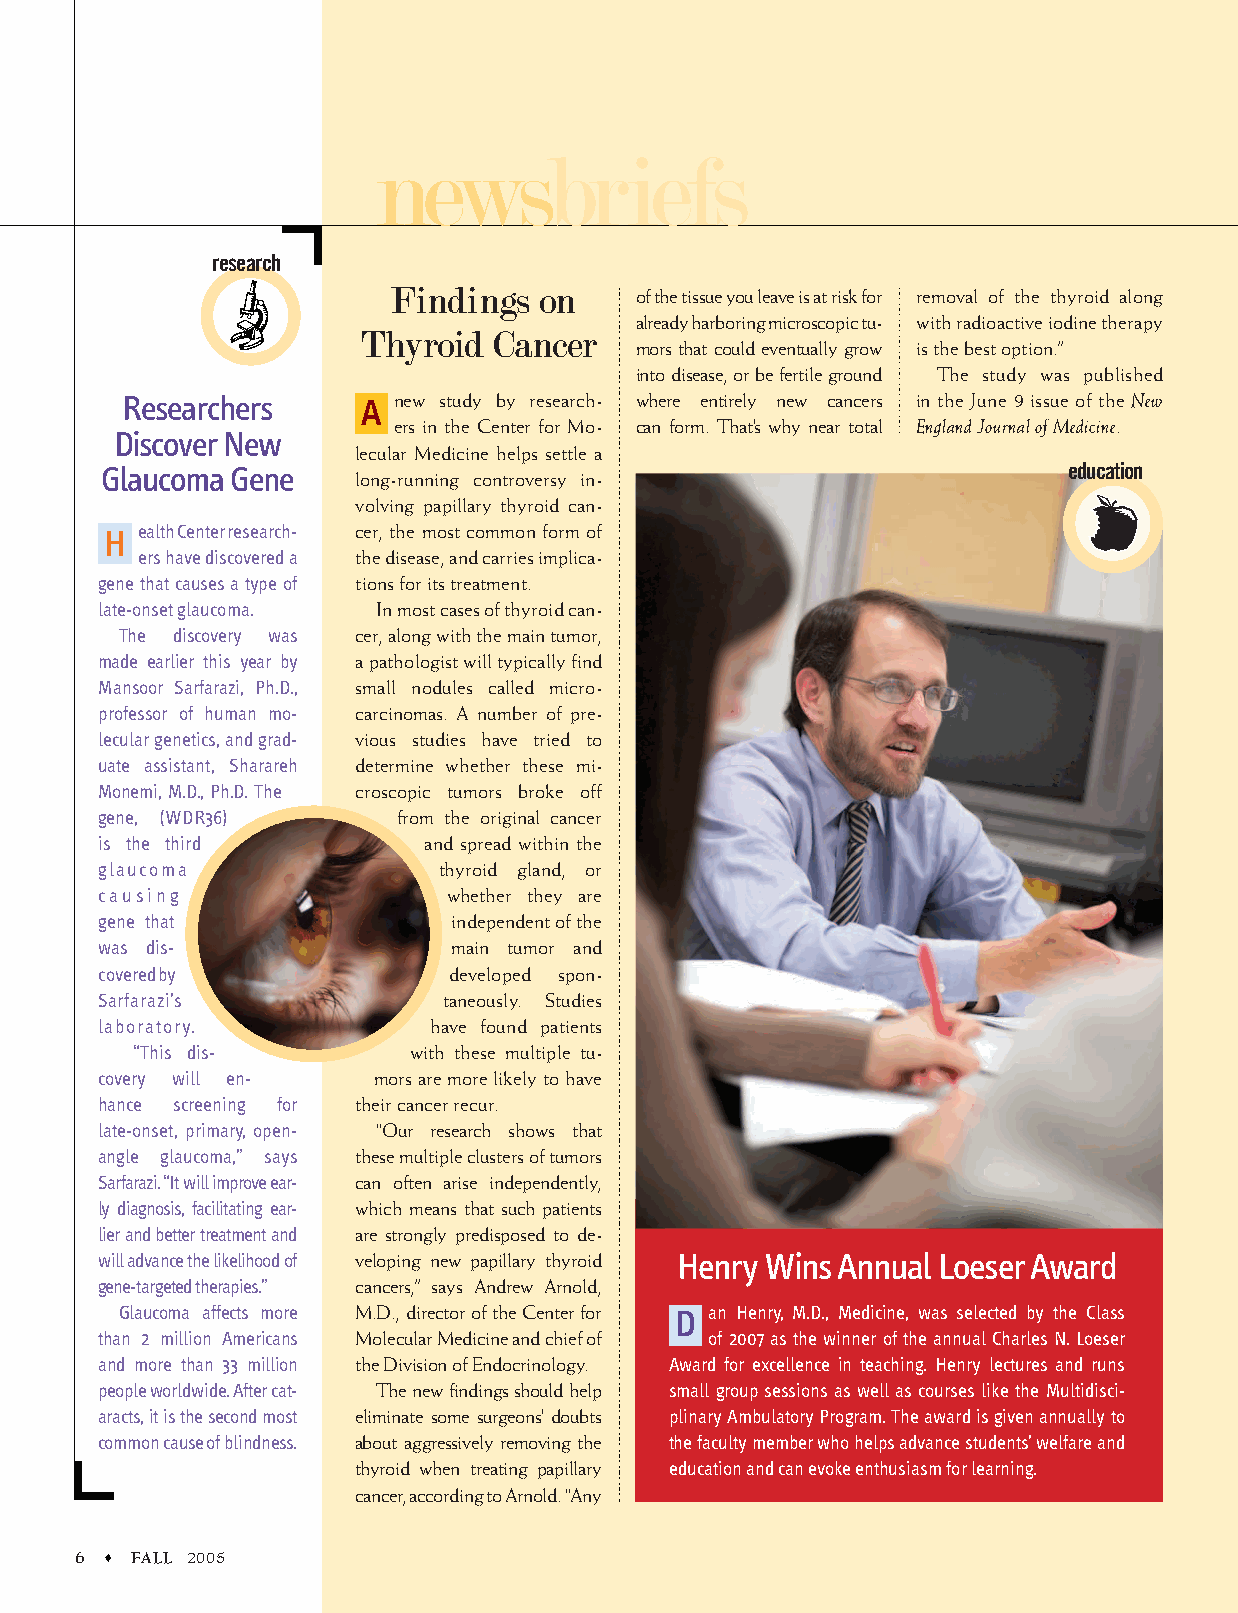
..
 newsbriefs
 research
 Findings  on    of the tissue you leave is at risk for removal of the thyroid along
 already harboring microscopic tu- with radioactive iodine therapy
 Thyroid  Cancer
 mors that could eventually grow is the best option.”
 into disease, or be fertile ground The study was published
 Researchers     A new study by research- where entirely new cancers in the June 9 issue of the New
 ers in the Center for Mo- can form. That’s why near total England Journal of Medicine.
 Discover New
 lecular Medicine helps settle a
 Glaucoma Gene    long-running controversy in-                   education
 volving papillary thyroid can-
 H ealth Center research- cer, the most common form of
 ers have discovered a the disease, and carries implica-
 gene that causes a type of tions for its treatment.
 late-onset glaucoma. In most cases of thyroid can-
 The discovery was cer, along with the main tumor,
 made earlier this year by a pathologist will typically find
 Mansoor Sarfarazi, Ph.D., small nodules called micro-
 professor of human mo- carcinomas. A number of pre-
 lecular genetics, and grad- vious studies have tried to
 uate assistant, Sharareh determine whether these mi-
 Monemi, M.D., Ph.D. The croscopic tumors broke off
 gene, (WDR36)      from the original cancer
 is the third         and spread within the
 glaucoma              thyroid gland, or
 causing                whether they are
 gene that              independent of the
 was dis-               main tumor and
 covered by             developed spon-
 Sarfarazi’s            taneously. Studies
 laboratory.           have found patients
 “This dis-        with these multiple tu-
 covery will en-   mors are more likely to have
 hance screening for their cancer recur.
 late-onset, primary, open- “Our research shows that
 angle glaucoma,” says these multiple clusters of tumors
 Sarfarazi. “It will improve ear- can often arise independently,
 ly diagnosis, facilitating ear- which means that such patients
 lier and better treatment and are strongly predisposed to de-
 will advance the likelihood of veloping new papillary thyroid Henry Wins Annual Loeser Award
 gene-targeted therapies.” cancers,” says Andrew Arnold,
 Glaucoma affects more M.D., director of the Center for D an Henry, M.D., Medicine, was selected by the Class
 than 2 million Americans Molecular Medicine and chief of of 2007 as the winner of the annual Charles N. Loeser
 and more than 33 million the Division of Endocrinology. Award for excellence in teaching. Henry lectures and runs
 people worldwide. After cat- The new findings should help small group sessions as well as courses like the Multidisci-
 aracts, it is the second most eliminate some surgeons’ doubts plinary Ambulatory Program. The award is given annually to
 common cause of blindness. about aggressively removing the the faculty member who helps advance students’ welfare and
 thyroid when treating papillary education and can evoke enthusiasm for learning.
 cancer, according to Arnold. “Any
 6   FALL 2005